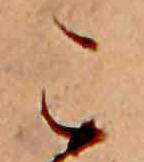
こ